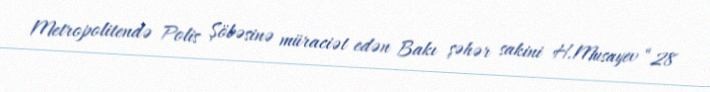
Metropolitendə Polis Şöbəsinə müraciət edən Bakı şəhər sakini H.Musayev “28